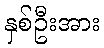
နှစ်ဦးအား